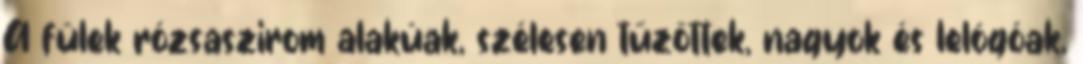
A fülek rózsaszirom alakúak, szélesen tűzöttek, nagyok és lelógóak,